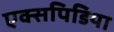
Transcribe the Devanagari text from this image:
एक्सपिडिया